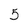
Character: 5